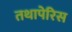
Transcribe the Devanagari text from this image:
तथापेरिस